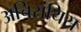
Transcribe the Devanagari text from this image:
अचिरांथिस